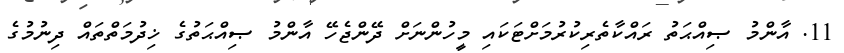
11. އާންމު ޞިއްޙަތު ރައްކާތެރިކުރުމަށްޓަކައި މީހުންނަށް ދޭންޖެހޭ އާންމު ޞިއްޙަތުގެ ޚިދުމަތްތައް ދިނުމުގެ